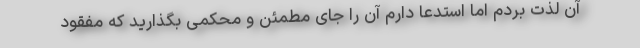
آن لذت بردم اما استدعا دارم آن را جای مطمئن و محکمی بگذارید که مفقود